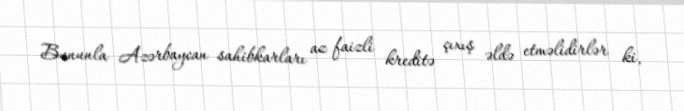
Bununla Azərbaycan sahibkarları az faizli kreditə çıxış əldə etməlidirlər ki,